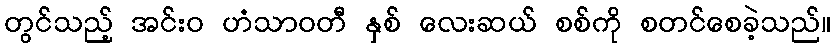
တွင်သည့် အင်းဝ ဟံသာဝတီ နှစ် လေးဆယ် စစ်ကို စတင်စေခဲ့သည်။